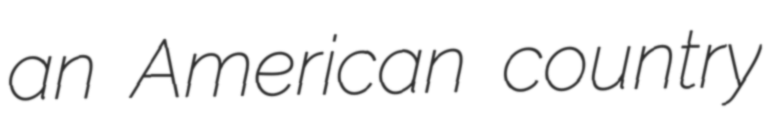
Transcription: an American country